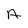
Character: A